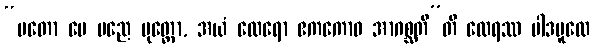
“မတော မေ မညေ ပုတ္တော, အယံ ထေရော ဧကကောဝ အာဂစ္ဆတီ”တိ ထေရဿ ပါဒမူလေ